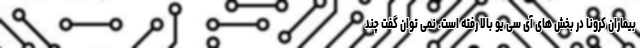
بیماران کرونا در بخش های آی سی یو بالا رفته است. نمی توان گفت چند